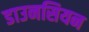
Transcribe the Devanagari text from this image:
डाउनसियन